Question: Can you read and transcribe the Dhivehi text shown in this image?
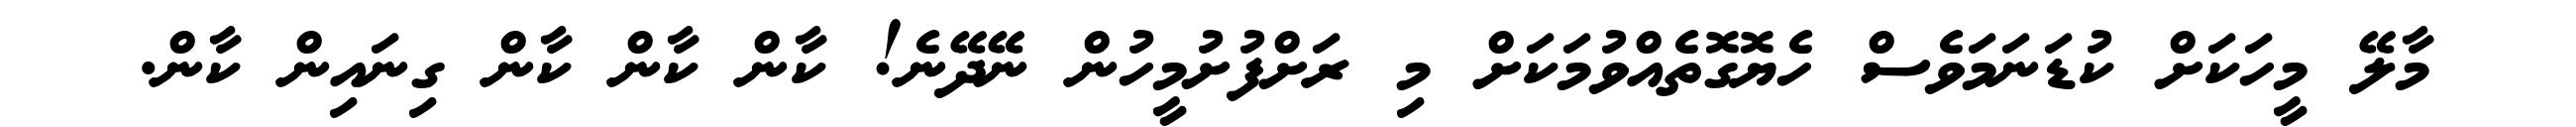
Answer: މާލޭ މީހަކަށް ކުޑަނަމަވެސް ހެޔޮގޮތެއްވުމަކަށް މި ރަށްފުށުމީހުން ނޭދޭނެ! ކާން ކާން ކާން ގިނައިން ކާން.